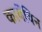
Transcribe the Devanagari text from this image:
कार्वेविन